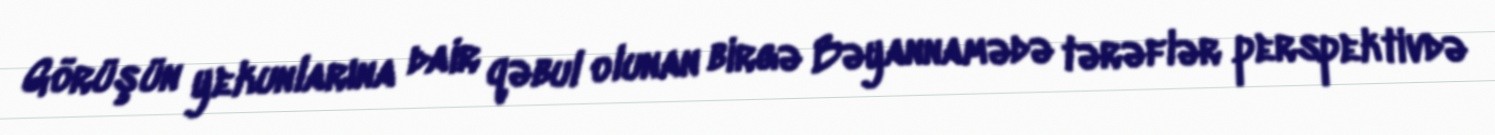
Görüşün yekunlarına dair qəbul olunan birgə Bəyannamədə tərəflər perspektivdə